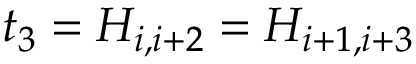
t _ { 3 } = H _ { i , i + 2 } = H _ { i + 1 , i + 3 }